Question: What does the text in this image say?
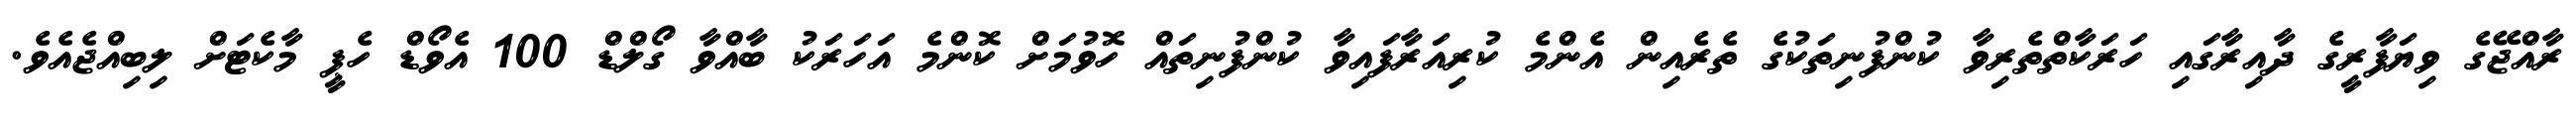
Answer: ރާއްޖޭގެ ވިޔަފާރީގެ ދާއިރާގައި ހަރަކާތްތެރިވާ ކުންފުނިތަކުގެ ތެރެއިން އެންމެ ކުރިއަރާފައިވާ ކުންފުނިތައް ހޮވުމަށް ކޮންމެ އަހަރަކު ބާއްވާ ގޯލްޑް 100 އެވޯޑް ހެޕީ މާކެޓަށް ލިބިއްޖެއެވެ.